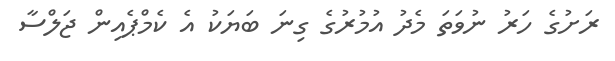
ރަށުގެ ހަރު ނުވަތަ މެދު އުމުރުގެ ގިނަ ބަޔަކު އެ ކެމްޕެއިން ޖަލްސާ